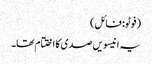
(فوٹو: فائل)
یہ انیسویں صدی کااختتام تھا۔